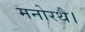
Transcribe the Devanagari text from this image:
मनोरथै।